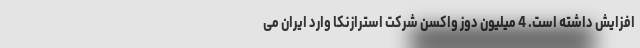
افزایش داشته است. 4 میلیون دوز واکسن شرکت استرازنکا وارد ایران می